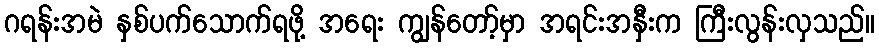
ဂရန်းအမဲ နှစ်ပက်သောက်ရဖို့ အရေး ကျွန်တော့်မှာ အရင်းအနှီးက ကြီးလွန်းလှသည်။